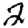
Digit: 2